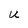
Character: u